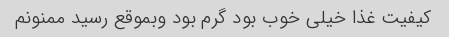
کیفیت غذا خیلی خوب بود گرم بود وبموقع رسید ممنونم